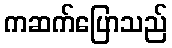
ကဆက်ပြောသည်